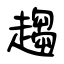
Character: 趨